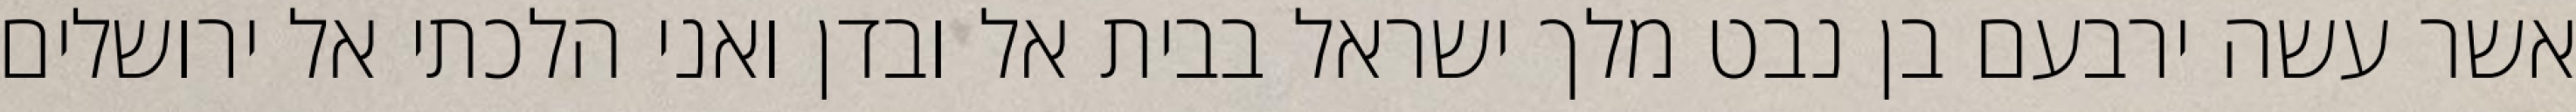
אשר עשה ירבעם בן נבט מלך ישראל בבית אל ובדן ואני הלכתי אל ירושלים